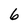
Character: 6